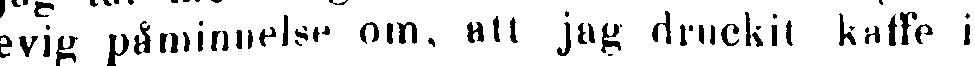
evig påminnelse om, att jag druckit kaffe i